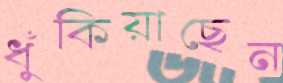
ধুঁকিয়াছেন